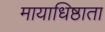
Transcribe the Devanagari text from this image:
मायाधिष्ठाता